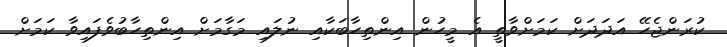
ކުރަންޖެހޭ އަދަދަށް ކަމަށްވާތީ އެ މީހުން އިންތިހާބަކާއި ނުލައި މަގާމަށް އިންތިހާބުވެފައިވާ ކަމަށް